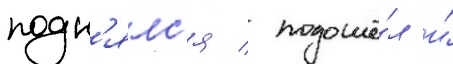
подн'ялс'я / подошё́л и́